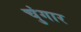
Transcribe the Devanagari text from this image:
चुंगार